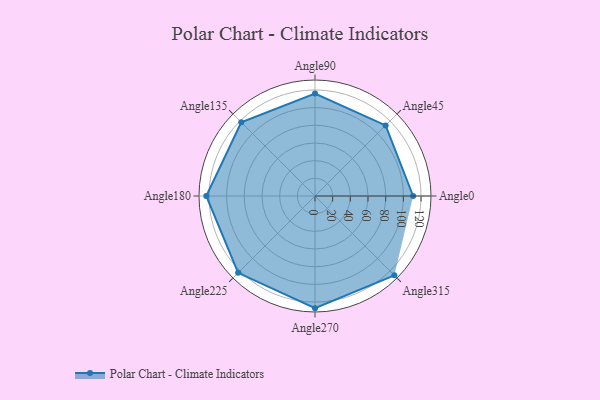
{"axis": {"x": "Angle", "y": "Radius"}, "legend": [""], "data": [{"x": "Angle0", "y": 111.0, "type": ""}, {"x": "Angle45", "y": 113.0, "type": ""}, {"x": "Angle90", "y": 116.0, "type": ""}, {"x": "Angle135", "y": 118.0, "type": ""}, {"x": "Angle180", "y": 123.0, "type": ""}, {"x": "Angle225", "y": 123.0, "type": ""}, {"x": "Angle270", "y": 127.0, "type": ""}, {"x": "Angle315", "y": 127.0, "type": ""}]}